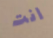
انت